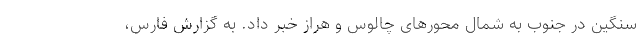
سنگین در جنوب به شمال محورهای چالوس و هراز خبر داد. به گزارش فارس،